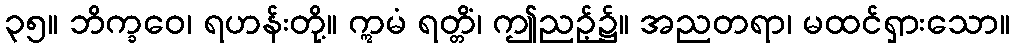
၃၅။ ဘိက္ခဝေ၊ ရဟန်းတို့။ ဣမံ ရတ္တိံ၊ ဤညဉ့်၌။ အညတရာ၊ မထင်ရှားသော။